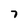
Character: 7